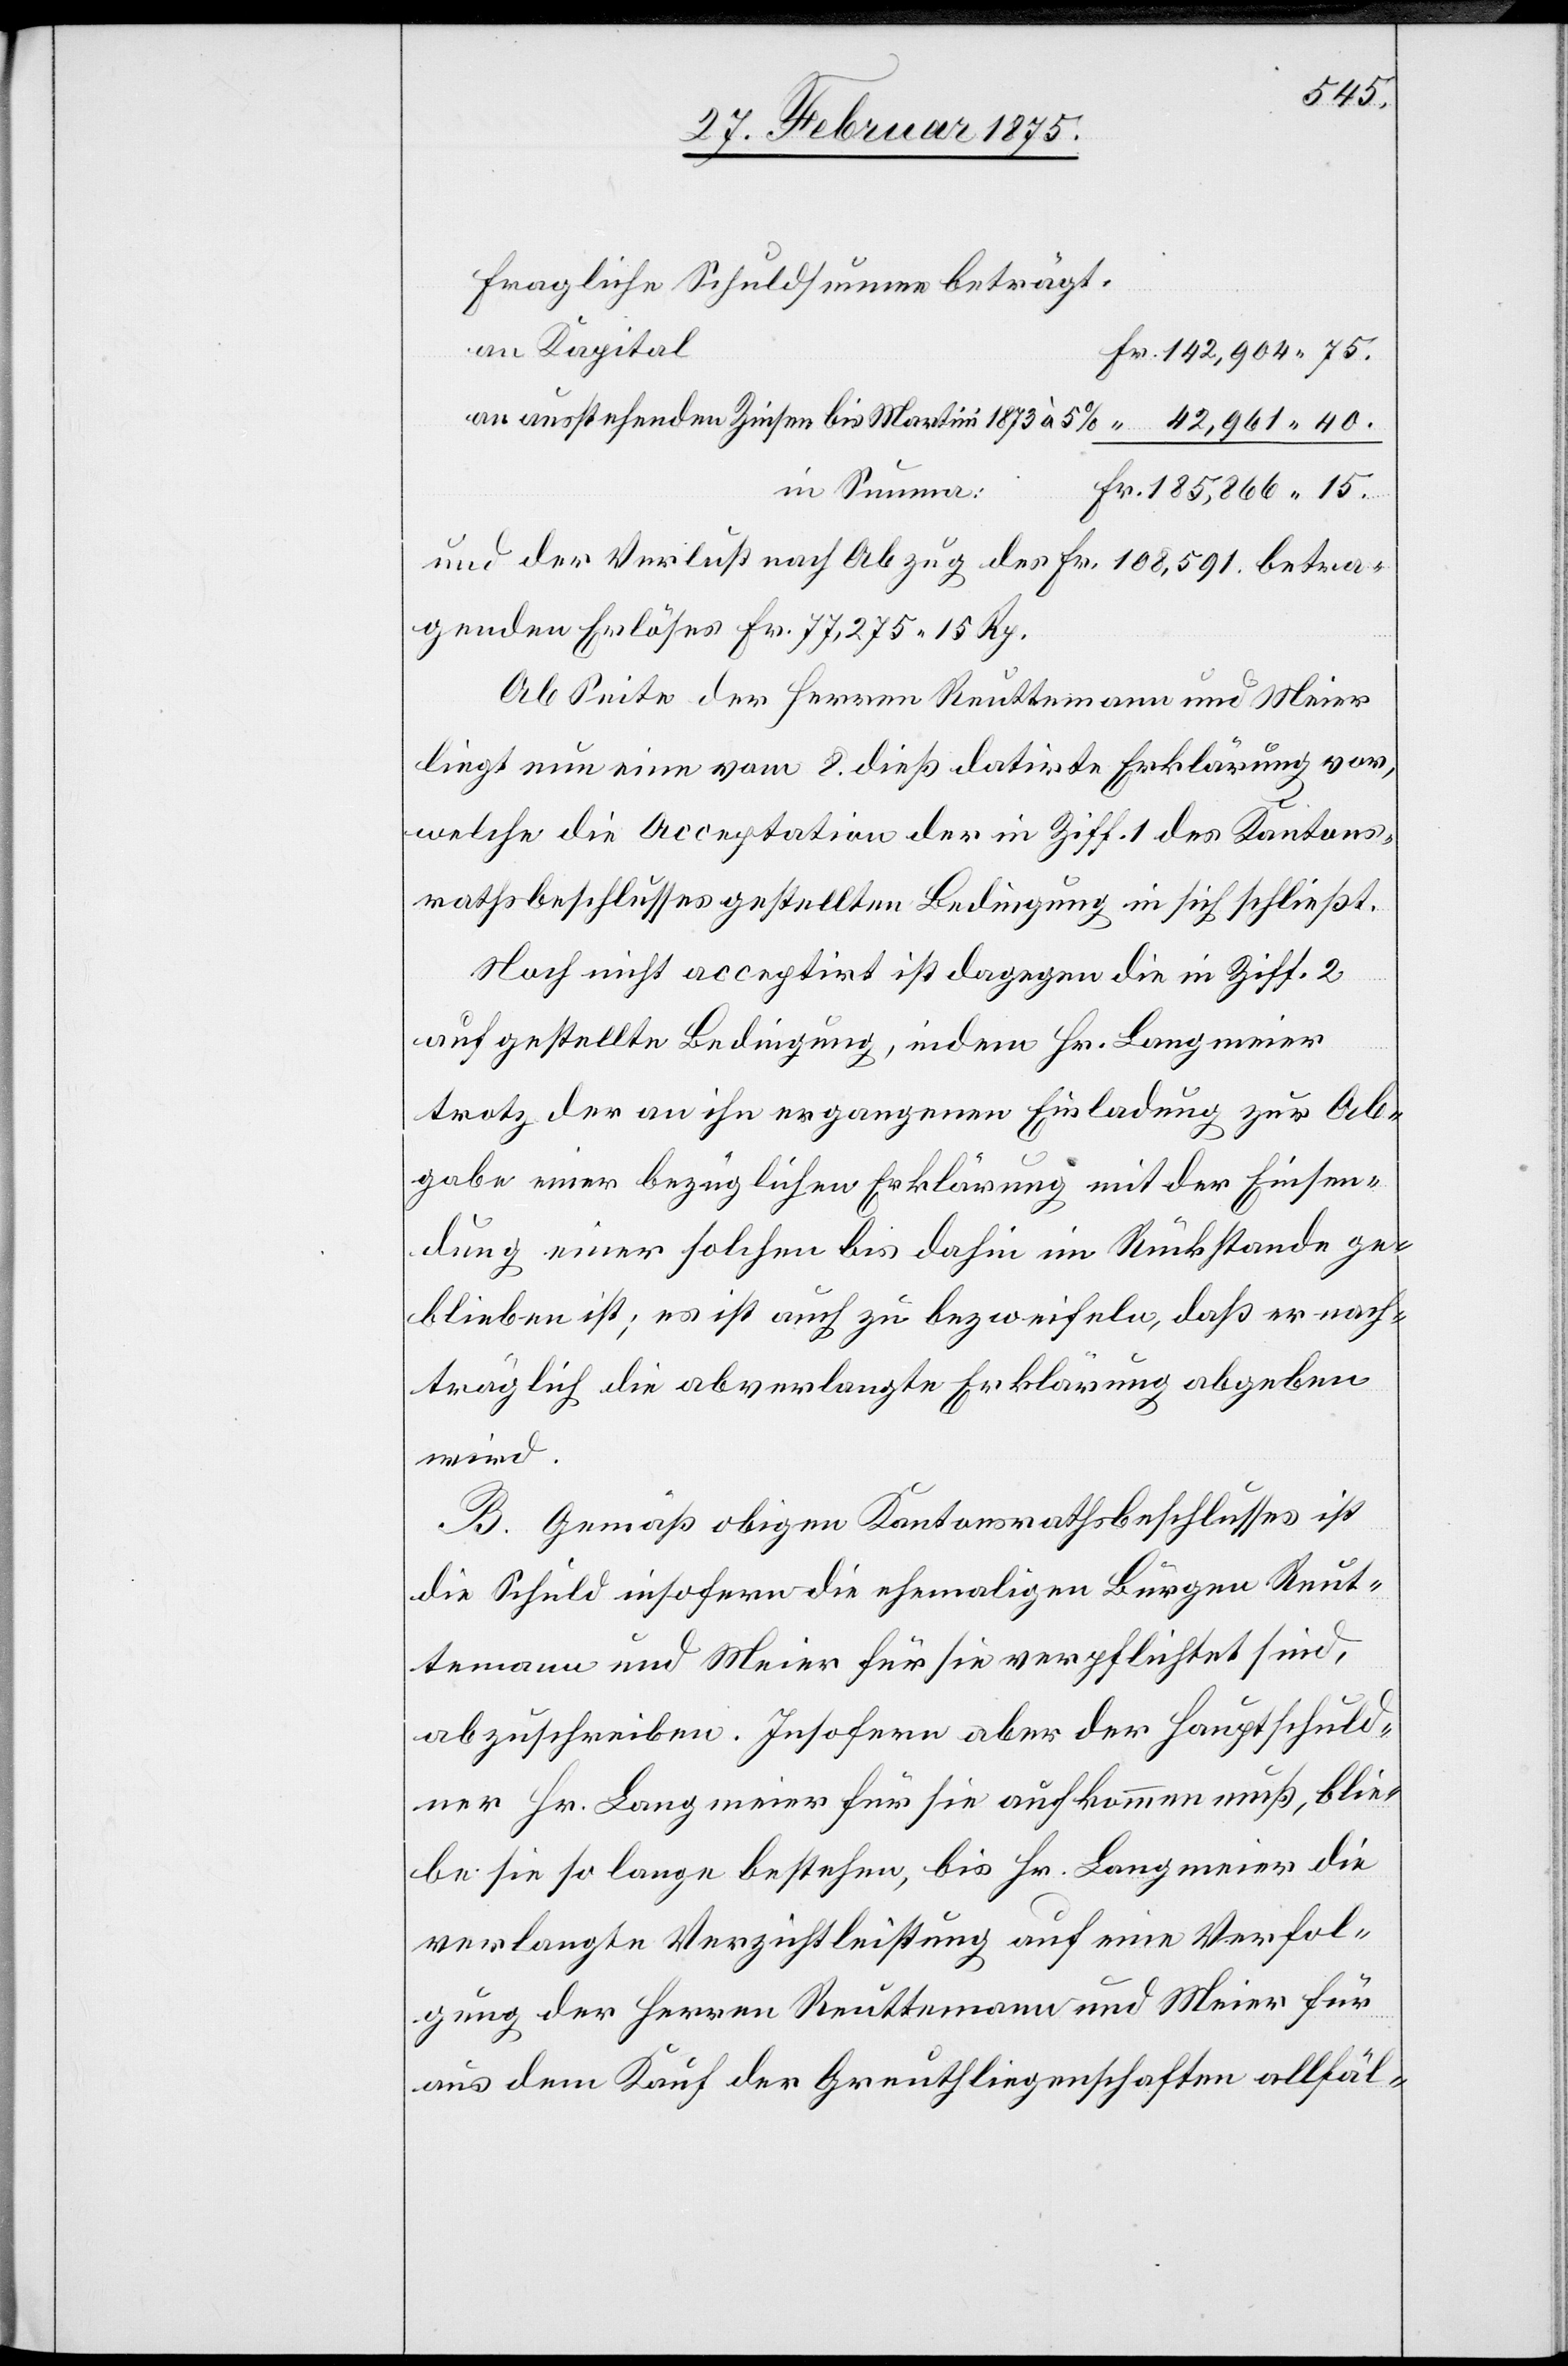
Fragliche Schuldsumme beträgt:
an Kapital
142,904. 75.
an ausstehenden Zinsen bis Martini 1873 à 5%
in Summa:
185,866. 15.
und der Verlust nach Abzug des Fr. 108,591. betra¬
genden Erlöses Fr. 77,275. 15 Rp.
Ab Seite der Herren Reuttemann und Meier
liegt nun eine vom 8. dieß datirte Erklärung vor,
welche die Acceptation der in Ziff. 1 des Kantons¬
rathsbeschlusses gestellten Bedingung in sich schließt.
Noch nicht acceptirt ist dagegen die in Ziff. 2
aufgestellte Bedingung, indem Hr. Langmeier
trotz der an ihn ergangenen Einladung zur Ab¬
gabe einer bezüglichen Erklärung mit der Einsen¬
dung einer solchen bis dahin im Rückstande ge¬
blieben ist; es ist auch zu bezweifeln, daß er nach¬
träglich die abverlangte Erklärung abgeben
wird.
B. Gemäß obigen Kantonsrathsbeschlusses ist
die Schuld insofern die ehemaligen Bürgen Reut¬
temann und Meier für sie verpflichtet sind,
abzuschreiben. Insofern aber der Hauptschuld¬
ner Hr. Langmeier für sie aufkommen muß, ble¬
ibe sie so lange bestehen, bis Hr. Langmeier die
verlangte Verzichtleistung auf eine Verfol¬
gung der Herren Reuttemann und Meier für
aus dem Kauf der Greuthliegenschaften allfäl-